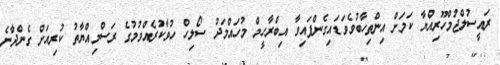
ރައީސުލްޖުމްހޫރިއްޔާ ކަމަށް އިންތިހާބުވެވަޑައިގެންފައިވާ އިބްރާހީމް މުހައްމަދު ސޯލިހް ހުވާކުރެއްވުމުގެ ރަސްމިއްޔާތު ކުރިއަށް ގެންދާނެ